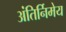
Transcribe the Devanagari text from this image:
अंतिर्निमेय